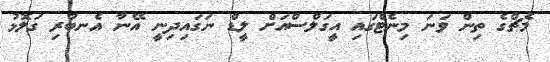
މެޗްގެ ތިން ވަނަ މިނެޓްގައި އީގަލްސްއަށް ލީޑް ނަގައިދިނީ އޭނާ އެނބުރި ގަލޮޅު